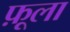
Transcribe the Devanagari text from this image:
फ़ूला